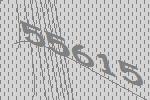
55615